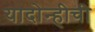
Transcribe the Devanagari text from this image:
यादोन्हीची